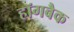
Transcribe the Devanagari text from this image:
हॉगबैक